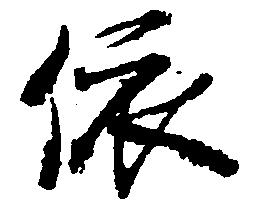
依